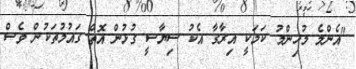
"އެންމެ މުހިންމު ކަމަކީ އިރާގާ އެކު ސިޔާސީ ގުޅުން އޮތް ގައުމުތަކުން ވެސް